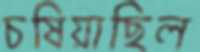
চষিয়াছিল